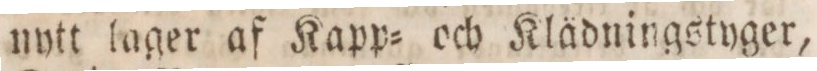
nytt lager af Kapp= och Klädningstyger,